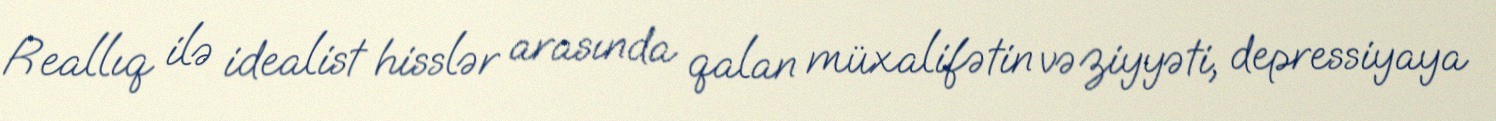
Reallıq ilə idealist hisslər arasında qalan müxalifətin vəziyyəti, depressiyaya